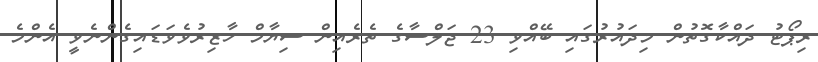
ރިޕޯޓު ދައްކާގޮތުން މިދައުރުގައި ބޭއްވި 23 ޖަލްސާގެ ތެރެއިން ސިޔާމް ހާޒިރުވެވަޑައިގެންނެވީ އެންމެ